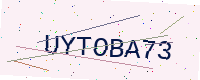
Text: UYTOBA73